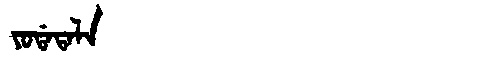
Manchu: ᠶᠣᡩᠠᡨᠠᠯᠠ
Romanization: YODATALA